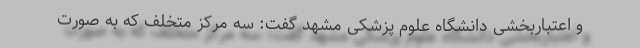
و اعتباربخشی دانشگاه علوم پزشکی مشهد گفت: سه مرکز متخلف که به صورت